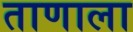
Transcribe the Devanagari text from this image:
ताणाला